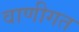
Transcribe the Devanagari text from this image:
वाणीगत